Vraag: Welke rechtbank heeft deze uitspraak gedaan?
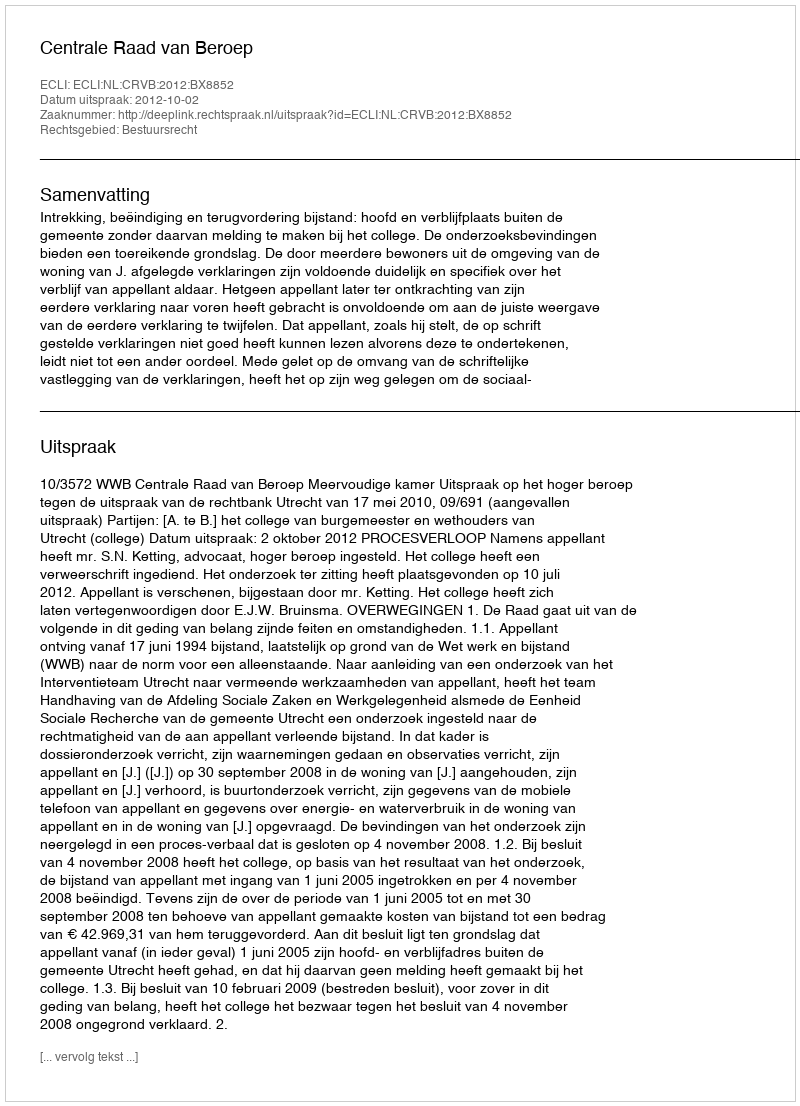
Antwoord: Centrale Raad van Beroep